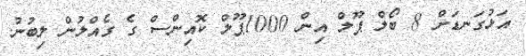
އަޅުގަނޑަށް 8 ބޯލް ޕޫލް އިން 1000ޕޫލް ކޮއިންސް ގެ ގެއްލުން ލިބުނު.